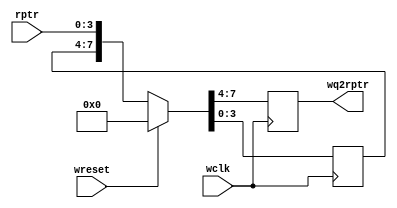
`timescale 1ns / 1ps
//////////////////////////////////////////////////////////////////////////////////
// Company: 
// Engineer: 
// 
// Design Name: 
// Module Name: sync_r2w
// Project Name: 
// Target Devices: 
// Tool Versions: 
// Description: 
// 
// Dependencies: 
// 
// Revision:
// Revision 0.01 - File Created
// Additional Comments:
// 
//////////////////////////////////////////////////////////////////////////////////
module sync_r2w #(parameter PTRWIDTH = 4) (
    rptr,
    wq2rptr,
    wclk,
    wreset
);
    input      [PTRWIDTH-1:0] rptr;
    output reg [PTRWIDTH-1:0] wq2rptr;
    input wclk;
    input wreset;
    
    reg [PTRWIDTH-1:0] wqrptr;
    
    always @ (posedge wclk)
    if (wreset)     {wq2rptr, wqrptr} = 0;
    else            {wq2rptr, wqrptr} = {wqrptr, rptr};
    
endmodule